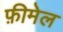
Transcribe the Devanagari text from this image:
फ़ीमेल